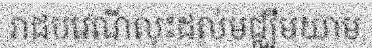
រាជបវេណីលុះដល់មជ្ឈឹមយាម